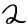
Digit: 2